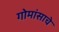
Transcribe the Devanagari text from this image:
गोमांसाचे